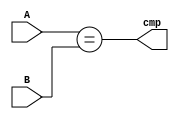
`timescale 1ns / 1ps
//////////////////////////////////////////////////////////////////////////////////
// Company: 
// Engineer: 
// 
// Design Name: 
// Module Name:    Comparator 
// Project Name: 
// Target Devices: 
// Tool versions: 
// Description: 
//
// Dependencies: 
//
// Revision: 
// Revision 0.01 - File Created
// Additional Comments: 
//
//////////////////////////////////////////////////////////////////////////////////
module Comparator(
	input [31:0] A,
	input [31:0] B,
	output cmp
    );
	assign cmp = (A == B);

endmodule